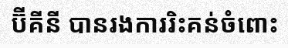
ប៊ីគីនី បានរងការរិះគន់ចំពោះ